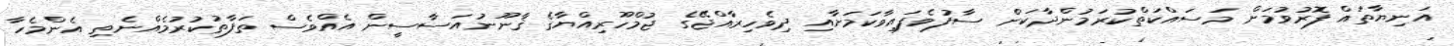
އަނިޔާތައް ފޮރުވުމަށް މަސައްކަތްކުރަމުންދާކަން ސާފުވެފައިވާކަމަށާއި ދިވެހިރާއްޖޭގެ ޖުމްހޫރިއްޔާގެ ޤާނޫނުއަސާސީން އެއްވެސް ތަފާތުކުރުމެއްނެތި އެންމެހާ